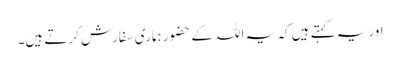
اور یہ کہتے ہیں کہ یہ اللہ کے حضور ہماری سفارش کرتے ہیں۔